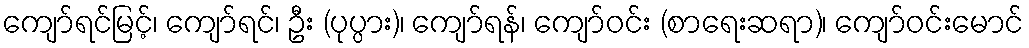
ကျော်ရင်မြင့်၊ ကျော်ရင်၊ ဦး (ပုပ္ပား)၊ ကျော်ရန်၊ ကျော်ဝင်း (စာရေးဆရာ)၊ ကျော်ဝင်းမောင်